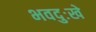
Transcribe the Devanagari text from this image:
भवदुःखे